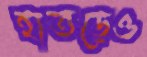
হাতড়েও